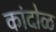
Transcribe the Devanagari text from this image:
कांदोळ